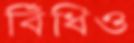
বিঁধিও